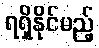
ရရှိနိုင်မည့်